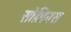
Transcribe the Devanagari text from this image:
सोलिनस